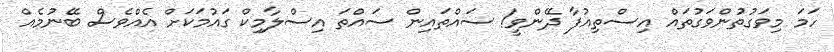
ހަމަ މިވަގުތުންވަގުތައް އިސްތިއުފާ ދޭންވީ! ސައްތައިން ސައްތަ އިސްލާމިކް ގައުމަކަށް އެއްވެސް ބޭނުމެއް